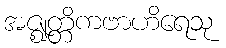
အဇ္ဈတ္တိကဗာဟိရေသု